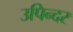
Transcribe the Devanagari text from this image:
उपिन्दर